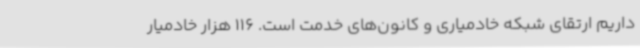
داریم ارتقای شبکه خادمیاری و کانون‌های خدمت است. 116 هزار خادمیار